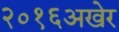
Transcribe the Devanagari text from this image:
२०१६अखेर